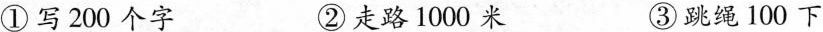
①写200个字 ②走路1000米 ③跳绳100下